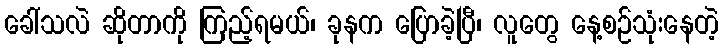
ခေါ်သလဲ ဆိုတာကို ကြည့်ရမယ်၊ ခုနက ပြောခဲ့ပြီ၊ လူတွေ နေ့စဉ်သုံးနေတဲ့